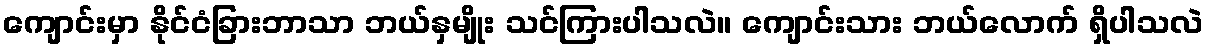
ကျောင်းမှာ နိုင်ငံခြားဘာသာ ဘယ်နှမျိုး သင်ကြားပါသလဲ။ ကျောင်းသား ဘယ်လောက် ရှိပါသလဲ